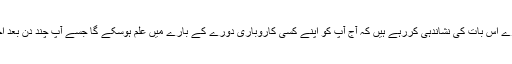
آج آپ کے ستارے اس بات کی نشاندہی کررہے ہیں کہ آج آپ کو اپنے کسی کاروباری دورے کے بارے میں علم ہوسکے گا جسے آپ چند دن بعد اختیار کریں گے۔